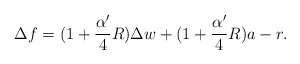
\begin{align*}\Delta f=(1+\frac{\alpha'}{4}R)\Delta w+(1+\frac{\alpha'}{4}R)a-r.\end{align*}